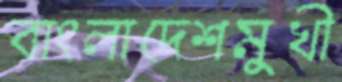
বাংলাদেশমুখী